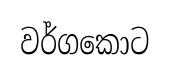
වර්ගකොට